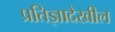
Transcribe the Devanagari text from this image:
प्रतिज्ञादेखील